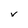
Character: v